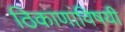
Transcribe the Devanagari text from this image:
ठिकाणांविषयी